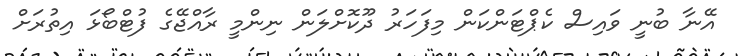
އޭނާ ބުނީ ވައިސް ކެޕްޓަންކަން މިފަހަރު ދޫކޮށްލަން ނިންމީ ރާއްޖޭގެ ފުޓްބޯޅަ އިތުރަށް